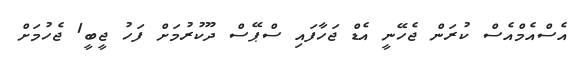
އެސްއެމްއެސް ކުރަން ޖެހޭނީ އެޑް ޖަހާފައި ސްޕޭސް ދޫކުރުމަށް ފަހު ޖީބީ1 ޖެހުމަށް